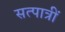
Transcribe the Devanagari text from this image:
सत्पात्रीं